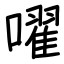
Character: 嚁